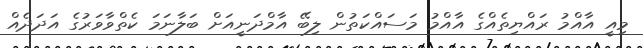
މިއީ އާއްމު ރައްޔިތެއްގެ އާއްމު މަސައްކަތުން ލިބޭ އާމްދަނީއަށް ބަލާނަމަ ކެތްވާވަރުގެ އަދަދެއް